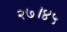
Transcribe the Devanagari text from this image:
२७।४५